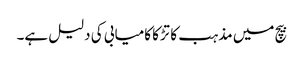
بیچ میں مذہب کا تڑکا کامیابی کی دلیل ہے۔